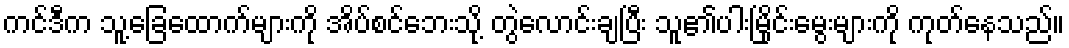
ကင်ဒီက သူ့ခြေထောက်များကို အိပ်စင်ဘေးသို့ တွဲလောင်းချပြီး သူ၏ပါးမြိုင်းမွေးများကို ကုတ်နေသည်။